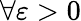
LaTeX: \forall\varepsilon>0